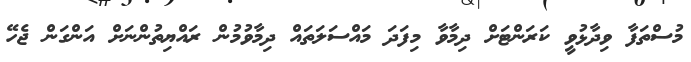
މުސްތަފާ ވިދާޅުވީ ކަރަންޓަށް ދިމާވާ މިފަދަ މައްސަލަތައް ދިމާވުމުން ރައްޔިތުންނަށް އަންގަން ޖެހޭ